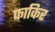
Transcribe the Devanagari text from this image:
फाकिर